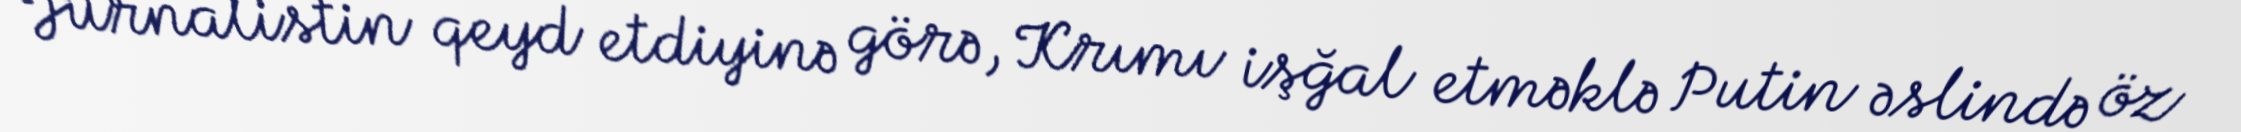
Jurnalistin qeyd etdiyinə görə, Krımı işğal etməklə Putin əslində öz